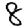
Digit: 8